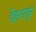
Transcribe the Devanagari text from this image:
देहरादूर